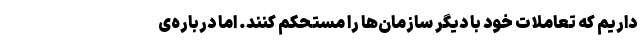
داریم که تعاملات خود با دیگر سازمان‌ها را مستحکم کنند. اما درباره‌ی